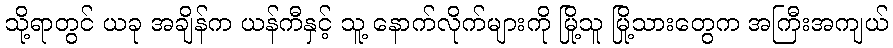
သို့ရာတွင် ယခု အချိန်က ယန်ကီနှင့် သူ့ နောက်လိုက်များကို မြို့သူ မြို့သားတွေက အကြီးအကျယ်